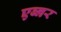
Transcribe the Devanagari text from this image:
एब्नर